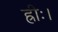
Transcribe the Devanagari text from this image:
ह्रीः।